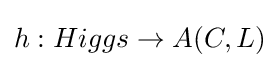
h:Higgs\to A(C,L)